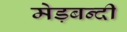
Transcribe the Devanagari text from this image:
मेड़बन्दी